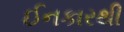
ઈનકારથી